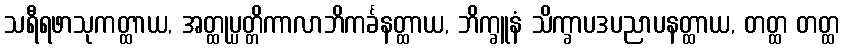
သရီရဖာသုကတ္ထာယ, အတ္ထုပ္ပတ္တိကာလာဘိကင်္ခနတ္ထာယ, ဘိက္ခူနံ သိက္ခာပဒပညာပနတ္ထာယ, တတ္ထ တတ္ထ